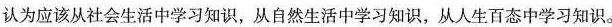
认为应该从社会生活中学习知识，从自然生活中学习知识.